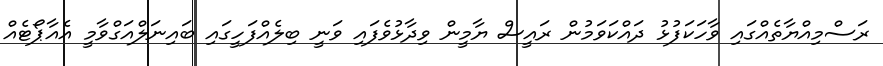
ރަސްމިއްޔާތެއްގައި ވާހަކަފުޅު ދައްކަވަމުން ރައީސް ޔާމީން ވިދާޅުވެފައި ވަނީ ބިލެއްފަހީގައި ބައިނަލްއަގްވާމީ އެއާޕޯޓެއް